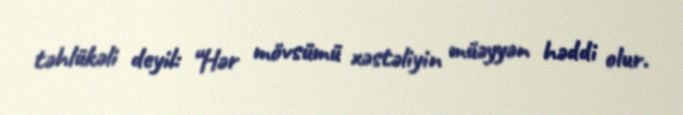
təhlükəli deyil: “Hər mövsümü xəstəliyin müəyyən həddi olur.